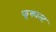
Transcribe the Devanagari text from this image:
फूकाल्ट